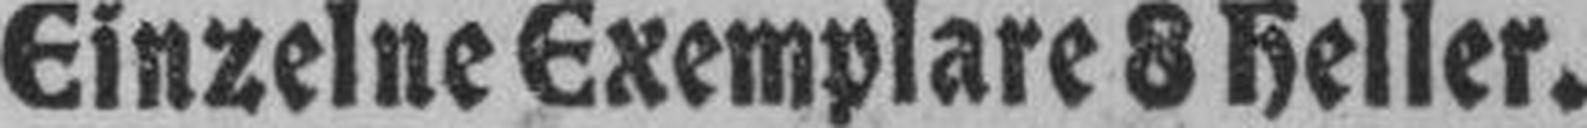
Einzelne Exemplare 8 Heller.